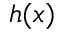
h ( x )